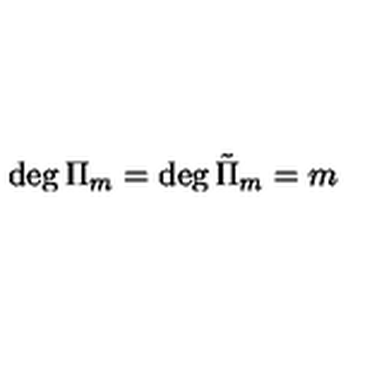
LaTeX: \deg \Pi _ { m } = \deg { \tilde { \Pi } } _ { m } = m